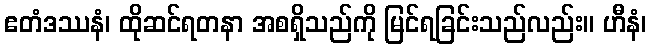
ဧတံဒဿနံ၊ ထိုဆင်ရတနာ အစရှိသည်ကို မြင်ရခြင်းသည်လည်း။ ဟီနံ၊